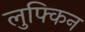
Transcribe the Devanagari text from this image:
लुफ्किन